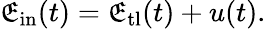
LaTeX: \mathfrak{E}_{\mathrm{{in}}}(t)=\mathfrak{E}_{\mathrm{{tl}}}(t)+u(t).